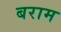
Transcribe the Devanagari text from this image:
बराम